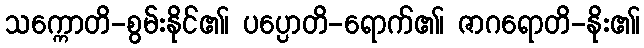
သက္ကောတိ-စွမ်းနိုင်၏၊ ပပ္ပောတိ-ရောက်၏၊ ဇာဂရောတိ-နိုး၏၊